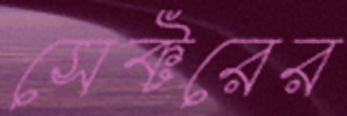
সেক্টরের